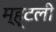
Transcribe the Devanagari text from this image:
म्ह्टली